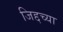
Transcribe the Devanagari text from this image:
जिद्दच्या